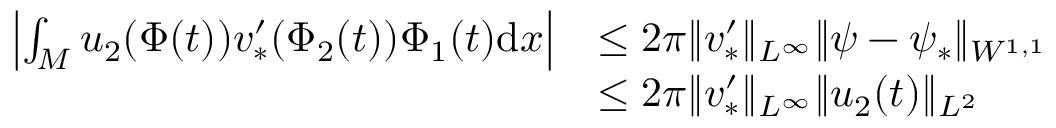
\begin{array} { r l } { \left| \int _ { M } u _ { 2 } ( \Phi ( t ) ) v _ { * } ^ { \prime } ( \Phi _ { 2 } ( t ) ) \Phi _ { 1 } ( t ) \mathrm { d } x \right| } & { \leq 2 \pi \| v _ { * } ^ { \prime } \| _ { L ^ { \infty } } \| { \psi } - \psi _ { * } \| _ { W ^ { 1 , 1 } } } \\ & { \leq 2 \pi \| v _ { * } ^ { \prime } \| _ { L ^ { \infty } } \| u _ { 2 } ( t ) \| _ { L ^ { 2 } } } \end{array}